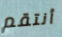
أنتقم